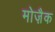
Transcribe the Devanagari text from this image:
मोज़ैक